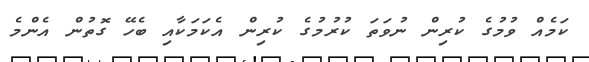
ކަމެއް ވުމުގެ ކުރިން ނުވަތަ ކުރުމުގެ ކުރިން އެކަމަކާއި ބެހޭ ގޮތުން އެންމެ